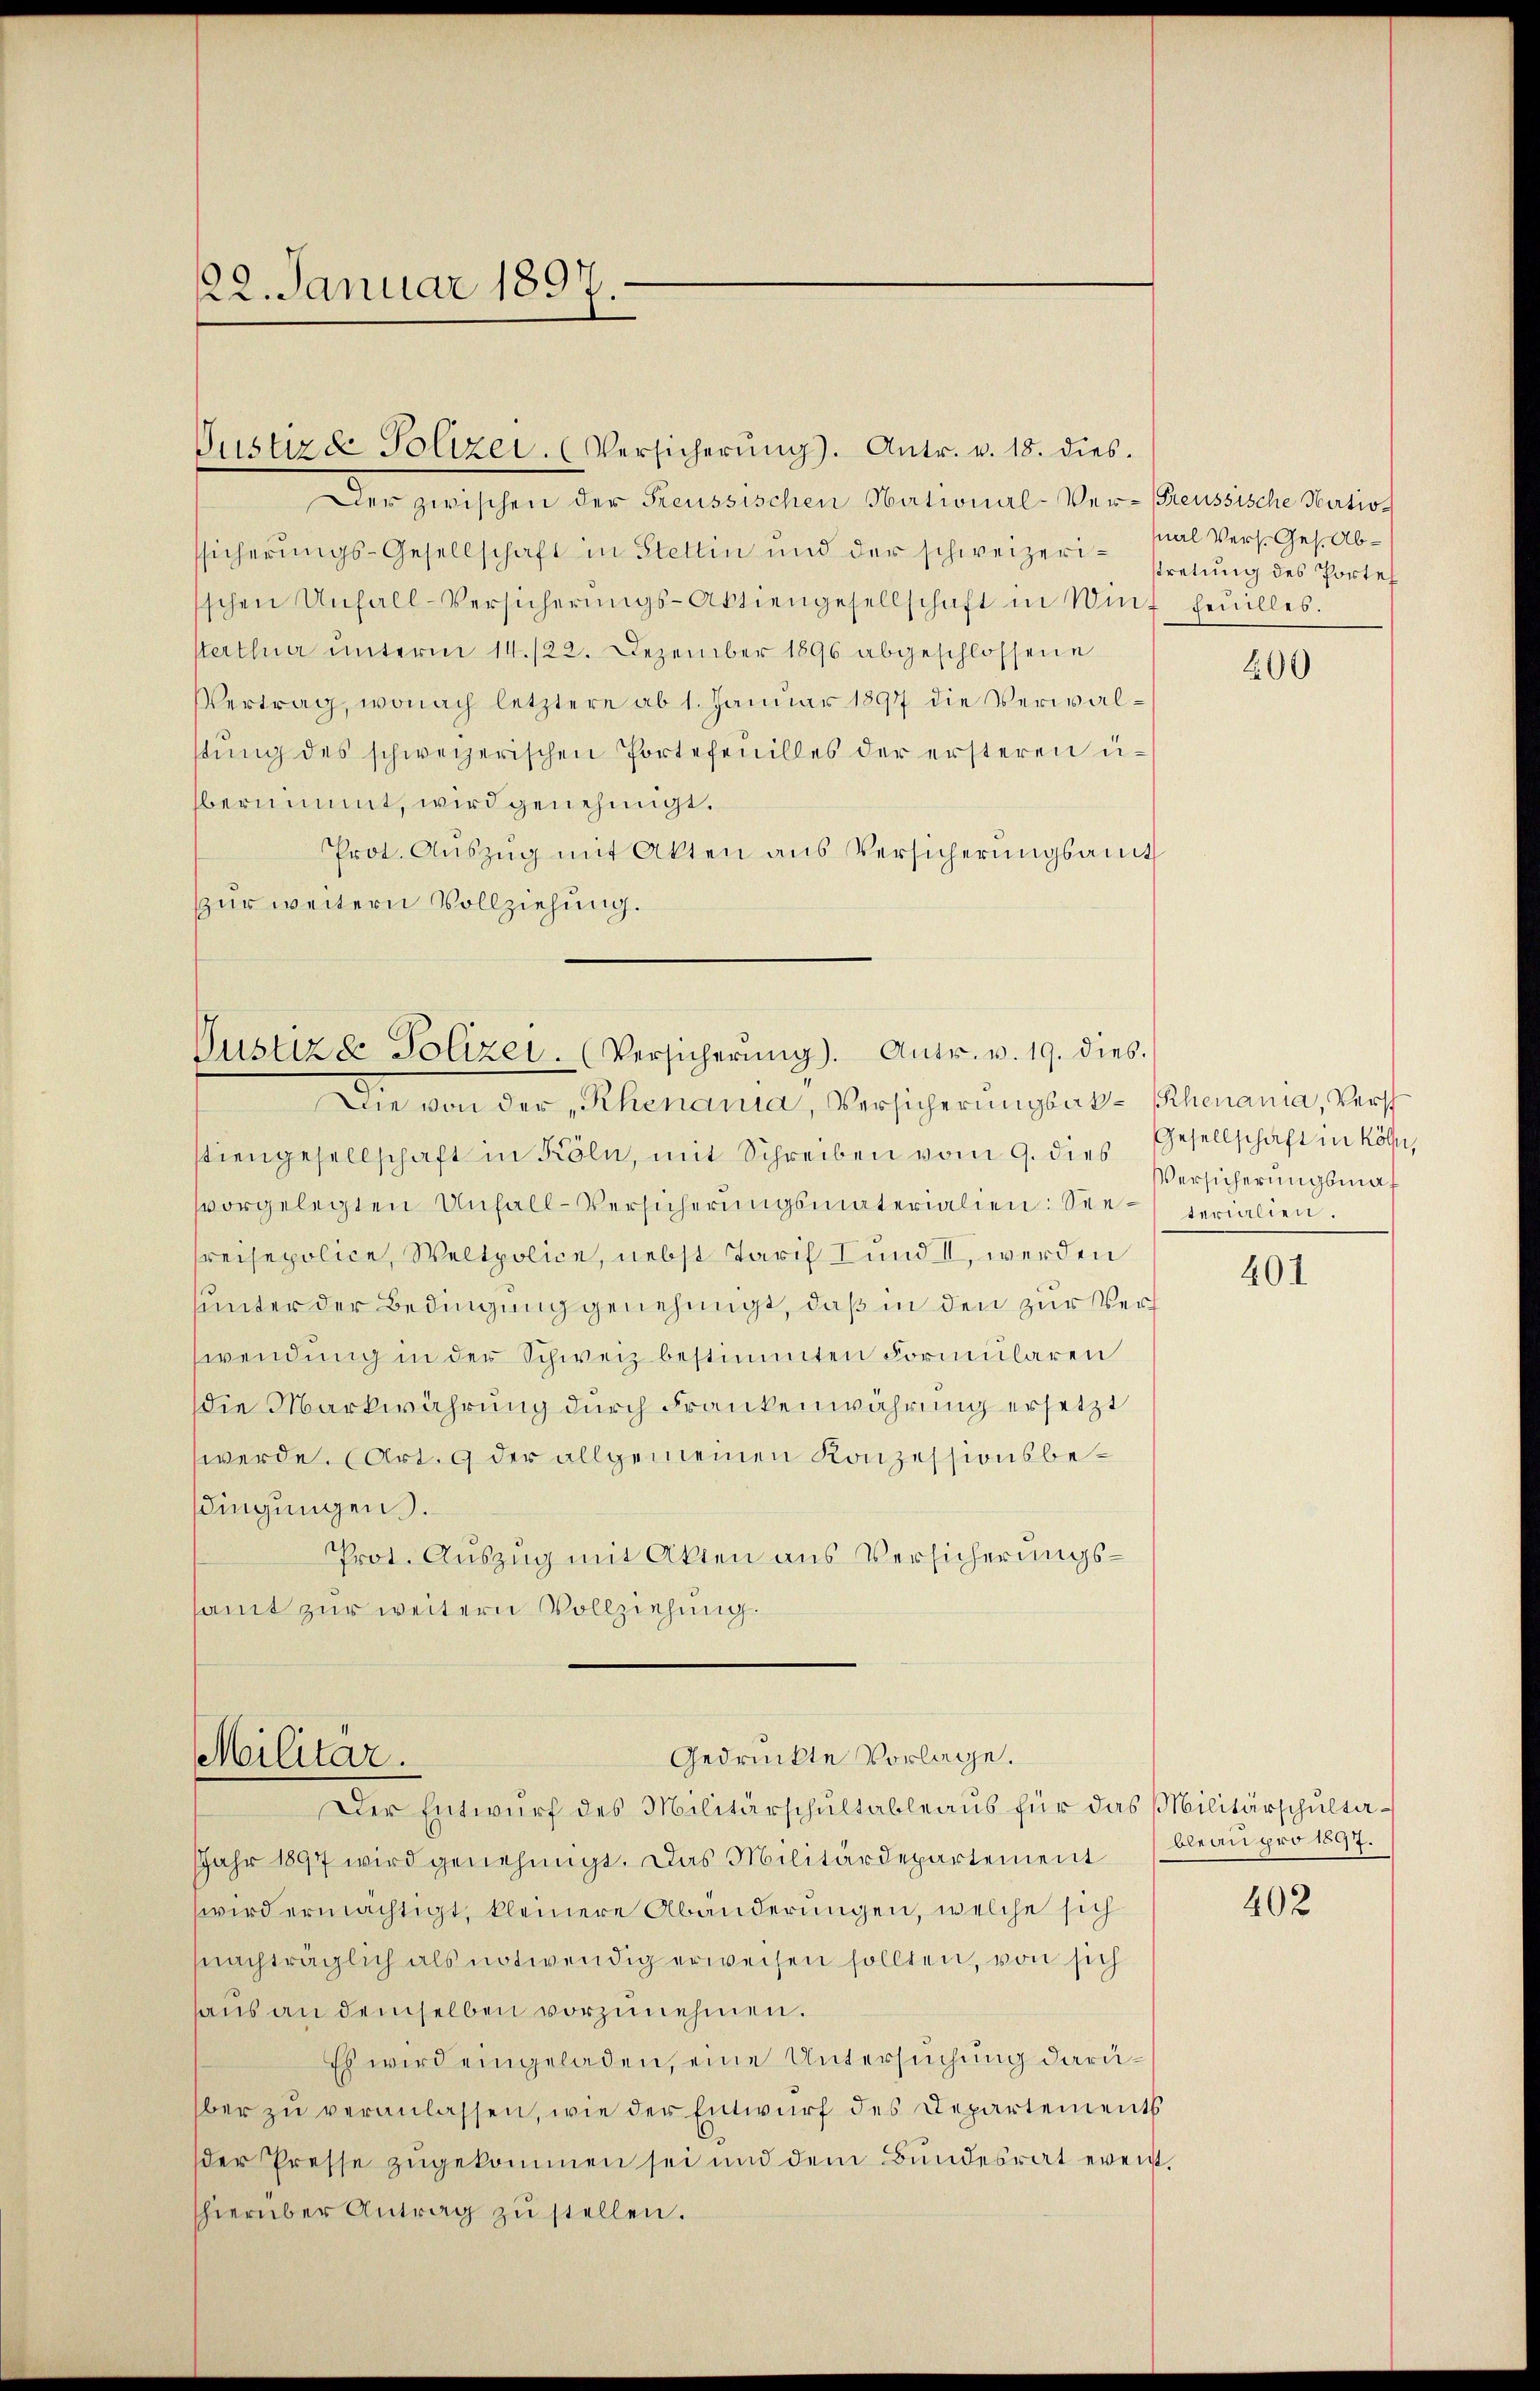
122. Januar 1891.

Der zwischen der Freussischen National-Ver-Feusische Station
sicherŭngs-Gesellschaft in Stettin und der schweizer stretung des Portes
sschen Unfall-Versicherŭngs-Aktiengesellschaft in Wir feuilles.
sterthur unterm 14./22. Dezember 1896 abgeschlossene
Vertrag, wonach letztere ab 1. Januar 1897 die Verwalstung des schweizerischen Portefeuilles der ersteren u.
bernimmt, wird genehmigt.
Prot. Aŭszŭg mit Akten aus Versicherungsamt
zur weitern Vollziehung.

Justire Polizei. (Versicherŭng. Antr. v. 18. dies

Justiz & Polizei (Versicherŭng). Antr. v. 19. dies.
Die von der „Rhenania, Versicherungsak-henania, Verst

stiengesellschaft in Köln, mit Schreiben vom 9. dies
vvorgelegten Unfall-Versicherŭngsmaterialien: See-terialien.
Preisepolice, Weltpolice, nebst Tarif I und II, werden
unter der Bedingung genehmigt, daß in den zur Verf
wendung in der Schweiz bestimmten Formularen
die Markwährung durch Frankenwährung ersetzt
werde. (Art. 9 der allgemeinen Konzessionsbedingungen.
Prot. Auszug mit Akten aus Versicherungssamt zur weitern Vollziehung.

Gedruckte Vorlege.
Militär.
Der Entwurf des Militärschultableaus für das Militärschulta¬

Jahr 1897 wird genehmigt. Das Militärdepartement
wird ermächtigt, kleinere Abänderungen, welche sich
nachträglich als notwendig erweisen sollten, von sich
haus an demselben vorzunehmen.
Es wird eingeladen, eine Untersuchung darüber zu veranlassen, wie der Entwurf des Departements
der Presse zugekommen sei und dem Bundesrat event.
shierüber Antrag zŭ stellen.

nal Vers. Ges. Ab¬

400

Gesellschaft in Köln,
Versicherungsmaß

401

bleau pro 1897.
402